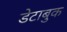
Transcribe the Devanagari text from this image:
डेटाबुक